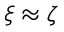
\xi \approx \zeta